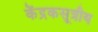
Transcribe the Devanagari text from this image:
केंद्रकसूत्रीय